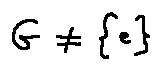
G \neq \{ e \}